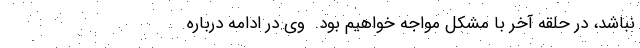
نباشد، در حلقه آخر با مشکل مواجه خواهیم بود.  وی در ادامه درباره